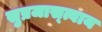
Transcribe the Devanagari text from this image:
सुप्रजास्त्वाय